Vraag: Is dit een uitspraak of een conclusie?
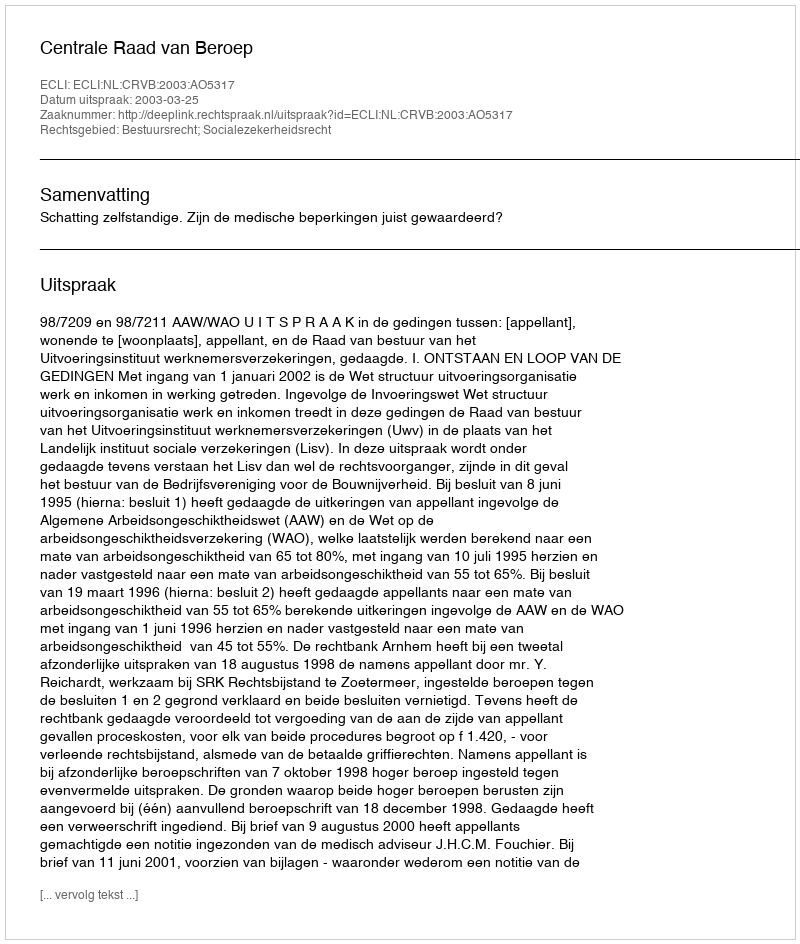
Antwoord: Uitspraak